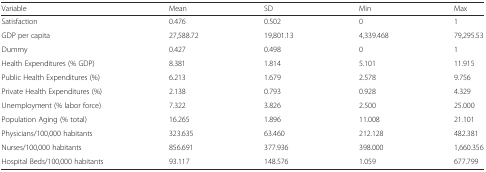
| Variable | Mean | SD | Min | Max |
 | --- | --- | --- | --- | --- |
 | Satisfaction | 0.476 | 0.502 | 0 | 1 |
 | GDP per capita | 27,588.72 | 19,801.13 | 4,339.468 | 79,295.53 |
 | Dummy | 0.427 | 0.498 | 0 | 1 |
 | Health Expenditures (% GDP) | 8.381 | 1.814 | 5.101 | 11.915 |
 | Public Health Expenditures (%) | 6.213 | 1.679 | 2.578 | 9.756 |
 | Private Health Expenditures (%) | 2.138 | 0.793 | 0.928 | 4.329 |
 | Unemployment (% labor force) | 7.322 | 3.826 | 2.500 | 25.000 |
 | Population Aging (% total) | 16.265 | 1.896 | 11.008 | 21.101 |
 | Physicians/100,000 habitants | 323.635 | 63.460 | 212.128 | 482.381 |
 | Nurses/100,000 habitants | 856.691 | 377.936 | 398.000 | 1,660.356 |
 | Hospital Beds/100,000 habitants | 93.117 | 148.576 | 1.059 | 677.799 |